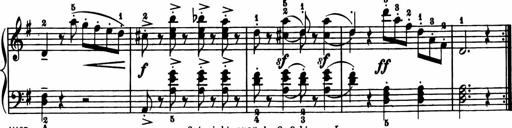
Title: 11 Sonatinas for Piano Solo
Composer: Anton Diabelli